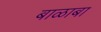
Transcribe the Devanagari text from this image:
बाळाबा